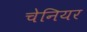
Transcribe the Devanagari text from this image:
चेनियर